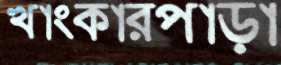
খাংকারপাড়া